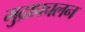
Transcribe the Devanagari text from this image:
मुद्राप्रचलन